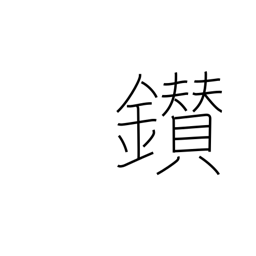
Meaning: make fire by rubbing sticks